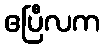
ဧပြီလက